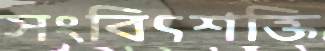
সংবিৎশক্তি